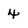
Character: 4